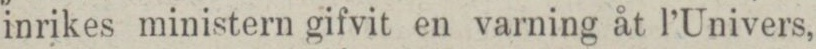
inrikes ministern gifvit en varning åt l’Univers,